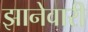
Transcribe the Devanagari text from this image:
झानेवारी